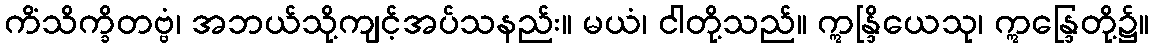
ကိံသိက္ခိတဗ္ဗံ၊ အဘယ်သို့ကျင့်အပ်သနည်း။ မယံ၊ ငါတို့သည်။ ဣန္ဒြိယေသု၊ ဣန္ဒြေတို့၌။